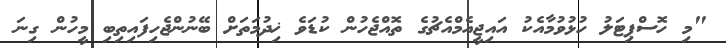
"މި ހޮސްޕިޓަލު ހުޅުވުމާއެކު އައިޖީއެމްއެޗުގެ ތޮއްޖެހުން ކުޑަވެ ޚިދުމަތަށް ބޭނުންޖެހިފައިތިބި މީހުން ގިނަ